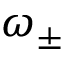
\omega _ { \pm }